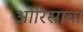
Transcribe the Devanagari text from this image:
ओरिसाचा